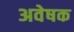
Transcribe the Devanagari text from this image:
अवेषक